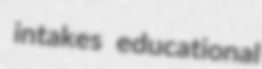
intakes educational